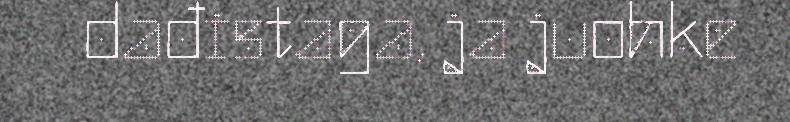
dađistaga, ja juohke